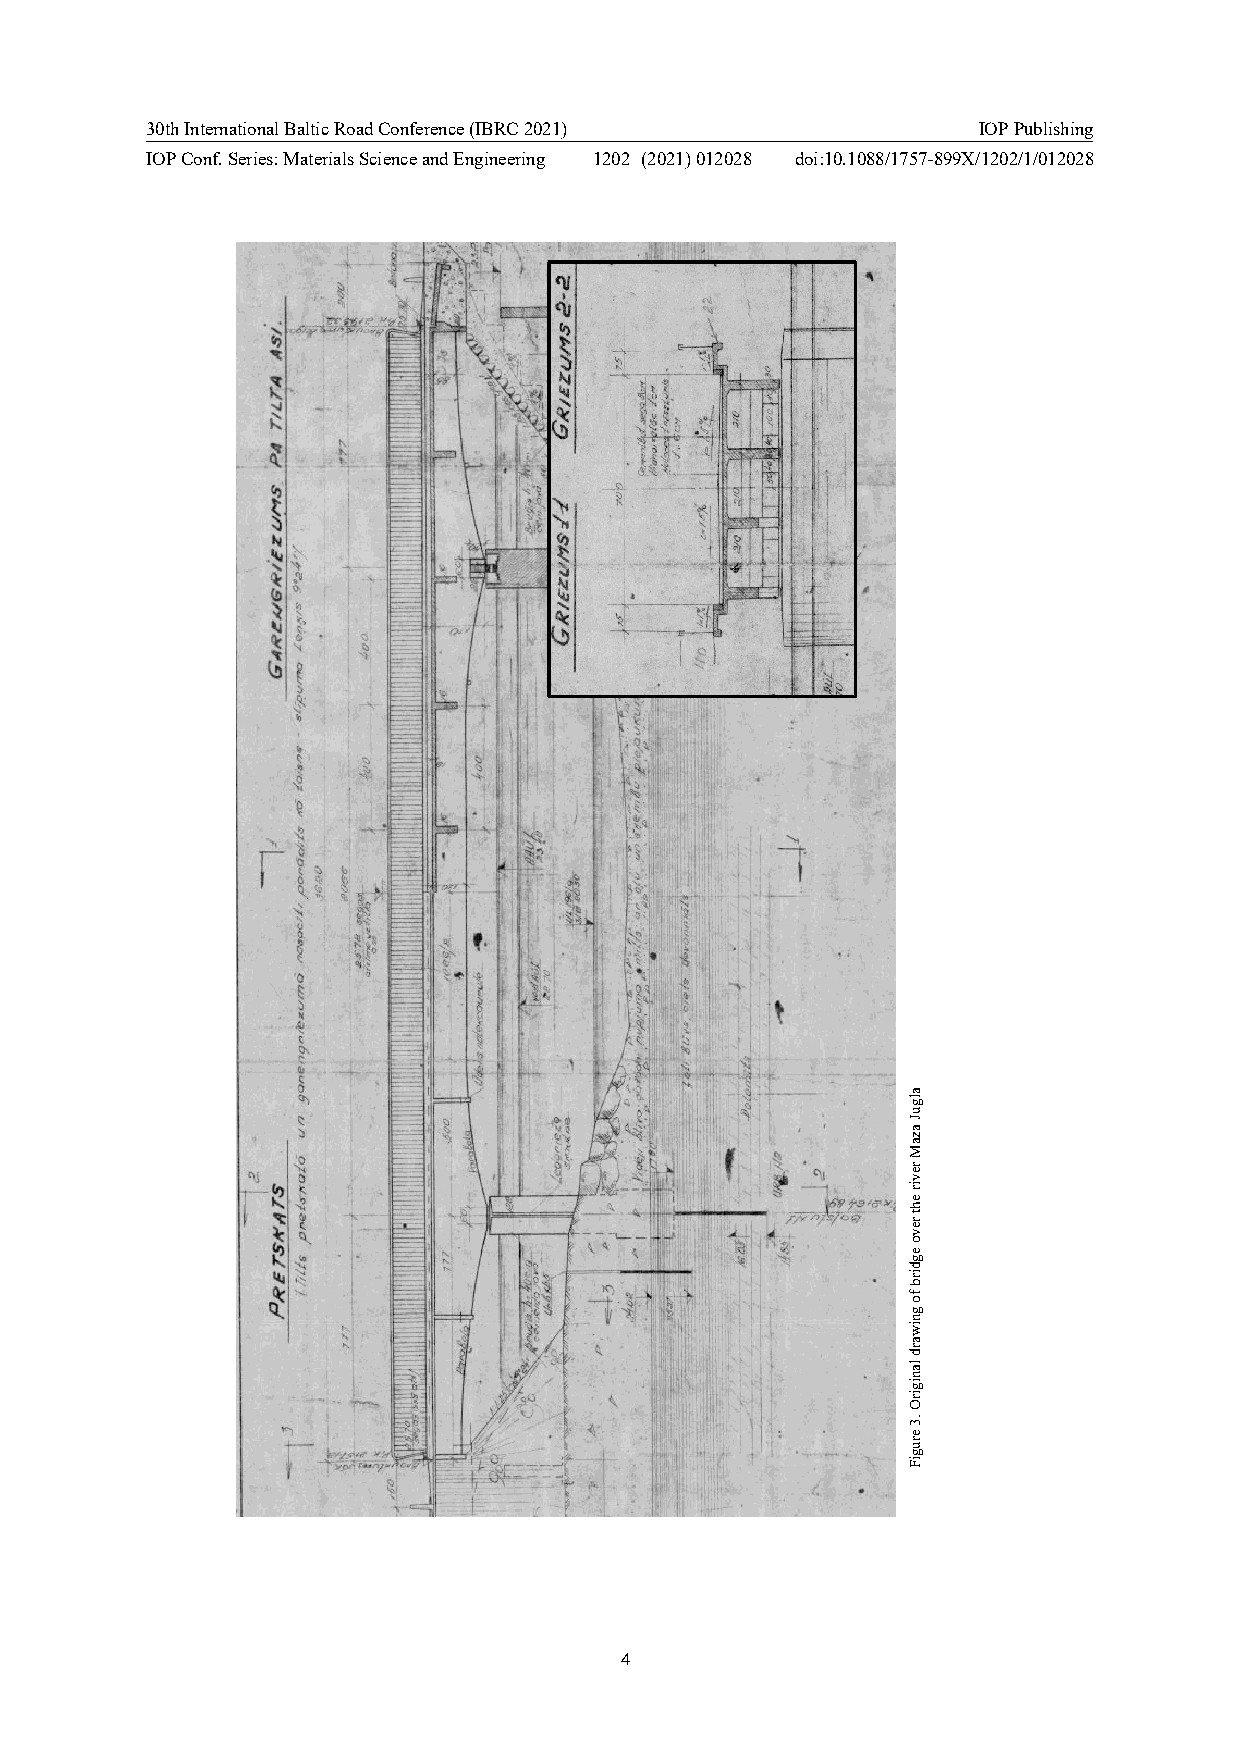
30th International Baltic Road Conference (IBRC 2021)  IOP Publishing
 IOP Conf. Series: Materials Science and Engineering 1202 (2021) 012028 doi:10.1088/1757-899X/1202/1/012028
 4
 alguJ
 azaMrevir
 eht
 revo
 egdirb
 fo
 gniward
 lanigirO
 .3
 erugiF